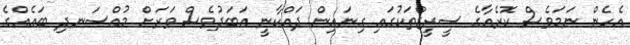
އެހެން ނަމަވެސް ކޮރެއާގެ ސީރީޒްތަކުގައި ގިނައިން ދައްކާނީ އަބަދުވެސް ވަރަށް މުއްސަނދި ބައެއްގެ